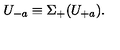
U _ { - a } \equiv \Sigma _ { + } ( U _ { + a } ) .